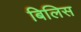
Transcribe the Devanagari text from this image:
बिलिस